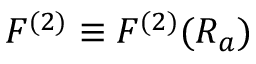
F ^ { ( 2 ) } \equiv F ^ { ( 2 ) } ( R _ { a } )